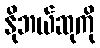
နိုဘယ်ဆုကို